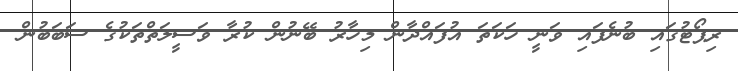
ރިޕޯޓުގައި ބުނެފައި ވަނީ ހަކަތަ އުފައްދާން މިހާރު ބޭނުން ކުރާ ވަސީލަތްތަކުގެ ސަބަބުން